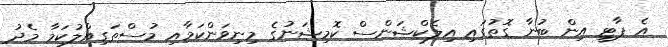
އެ ޕާޓީ އިން ބުނާ ގޮތުގައި އިލެކްޝަންސް ކޮމިޝަނުގެ މިނިވަންކަމާއި މުސްތަގިއްލުކަމާ މެދު